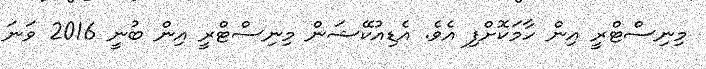
މިނިސްޓްރީ އިން ހާމަކޮށްފި އެވެ. އެޑިއުކޭޝަން މިނިސްޓްރީ އިން ބުނީ 2016 ވަނަ